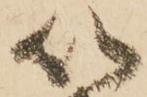
以